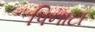
પિનાટા